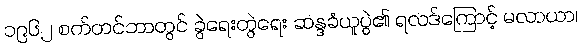
၁၉၆၂ စက်တင်ဘာတွင် ခွဲရေးတွဲရေး ဆန္ဒခံယူပွဲ၏ ရလဒ်ကြောင့် မလာယာ၊